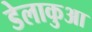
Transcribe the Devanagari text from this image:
डेलाकुआ